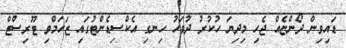
ޑައިވިން ދޯންޏެއް ޖެހި މިދިޔަ ހުކުރު ދުވަހު ހިނގި އެކްސިޑެންޓުގައި ޒަހަމްވި ޓޫރިސްޓް